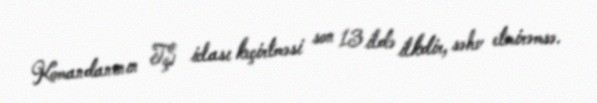
Komandanının TŞ iclası keçirtməsi son 13 ildə ilkdir, səhv etmirəmsə.